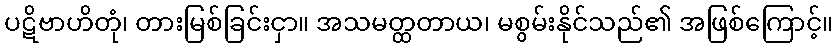
ပဋိဗာဟိတုံ၊ တားမြစ်ခြင်းငှာ။ အသမတ္ထတာယ၊ မစွမ်းနိုင်သည်၏ အဖြစ်ကြောင့်။